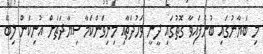
މި ބަޔާނުގައި ބުނެފައިވާ ގޮތުގައި ދީނީ ވަހުދަތާއި މިނިވަންކަމާ ސިޔާދަތަށް އުނިކަން ލިބޭ